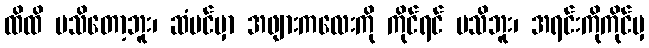
ထိထိ မသိတော့ဘူး၊ ဆံပင်မှာ အဖျားကလေးကို ကိုင်ရင် မသိဘူး၊ အရင်းကိုကိုင်မှ